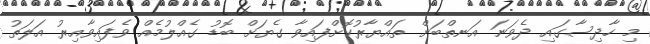
މި ހާދިސާގައި ދެވަނަ އަނތްބަށް ތައްޔާރުކޮށްފައިވާ ގެޔަށް ބޮޑު ގެއްލުމެއް ވެފައިވާއިރު އަލަތު